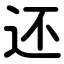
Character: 还